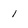
Character: 1